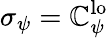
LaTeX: \sigma_{\psi}=\mathbb{C}_{\psi}^{\mathrm{{lo}}}